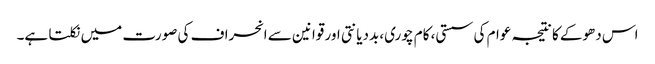
اس دھوکے کا نتیجہ عوام کی سستی، کام چوری، بددیانتی اور قوانین سے انحراف کی صورت میں نکلتا ہے۔